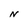
Character: N